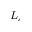
L _ { c }